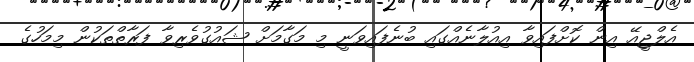
އެލްޖީއޭ އިން ކޮށްފައިވާ އިއުލާނެއްގައި ބުނެފައިވަނީ މި މަގާމަށް ޝައުގުވެރިވާ ފަރާތްތަކުން މިމަހުގެ